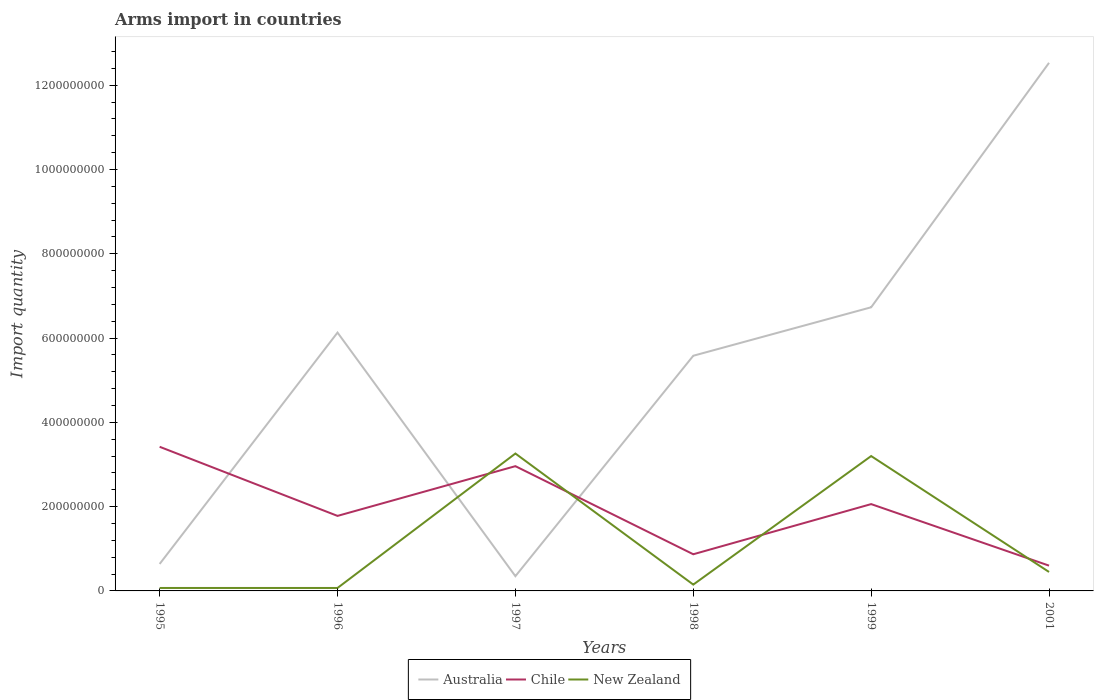
| Years | Australia | Chile | New Zealand |
 | --- | --- | --- | --- |
 | 1995 | 6.4e+07 | 3.42e+08 | 7e+06 |
 | 1996 | 6.13e+08 | 1.78e+08 | 7e+06 |
 | 1997 | 3.5e+07 | 2.96e+08 | 3.26e+08 |
 | 1998 | 5.58e+08 | 8.7e+07 | 1.5e+07 |
 | 1999 | 6.73e+08 | 2.06e+08 | 3.2e+08 |
 | 2001 | 1.25e+09 | 6e+07 | 4.5e+07 |